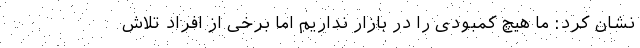
نشان کرد: ما هیچ کمبودی را در بازار نداریم اما برخی از افراد تلاش